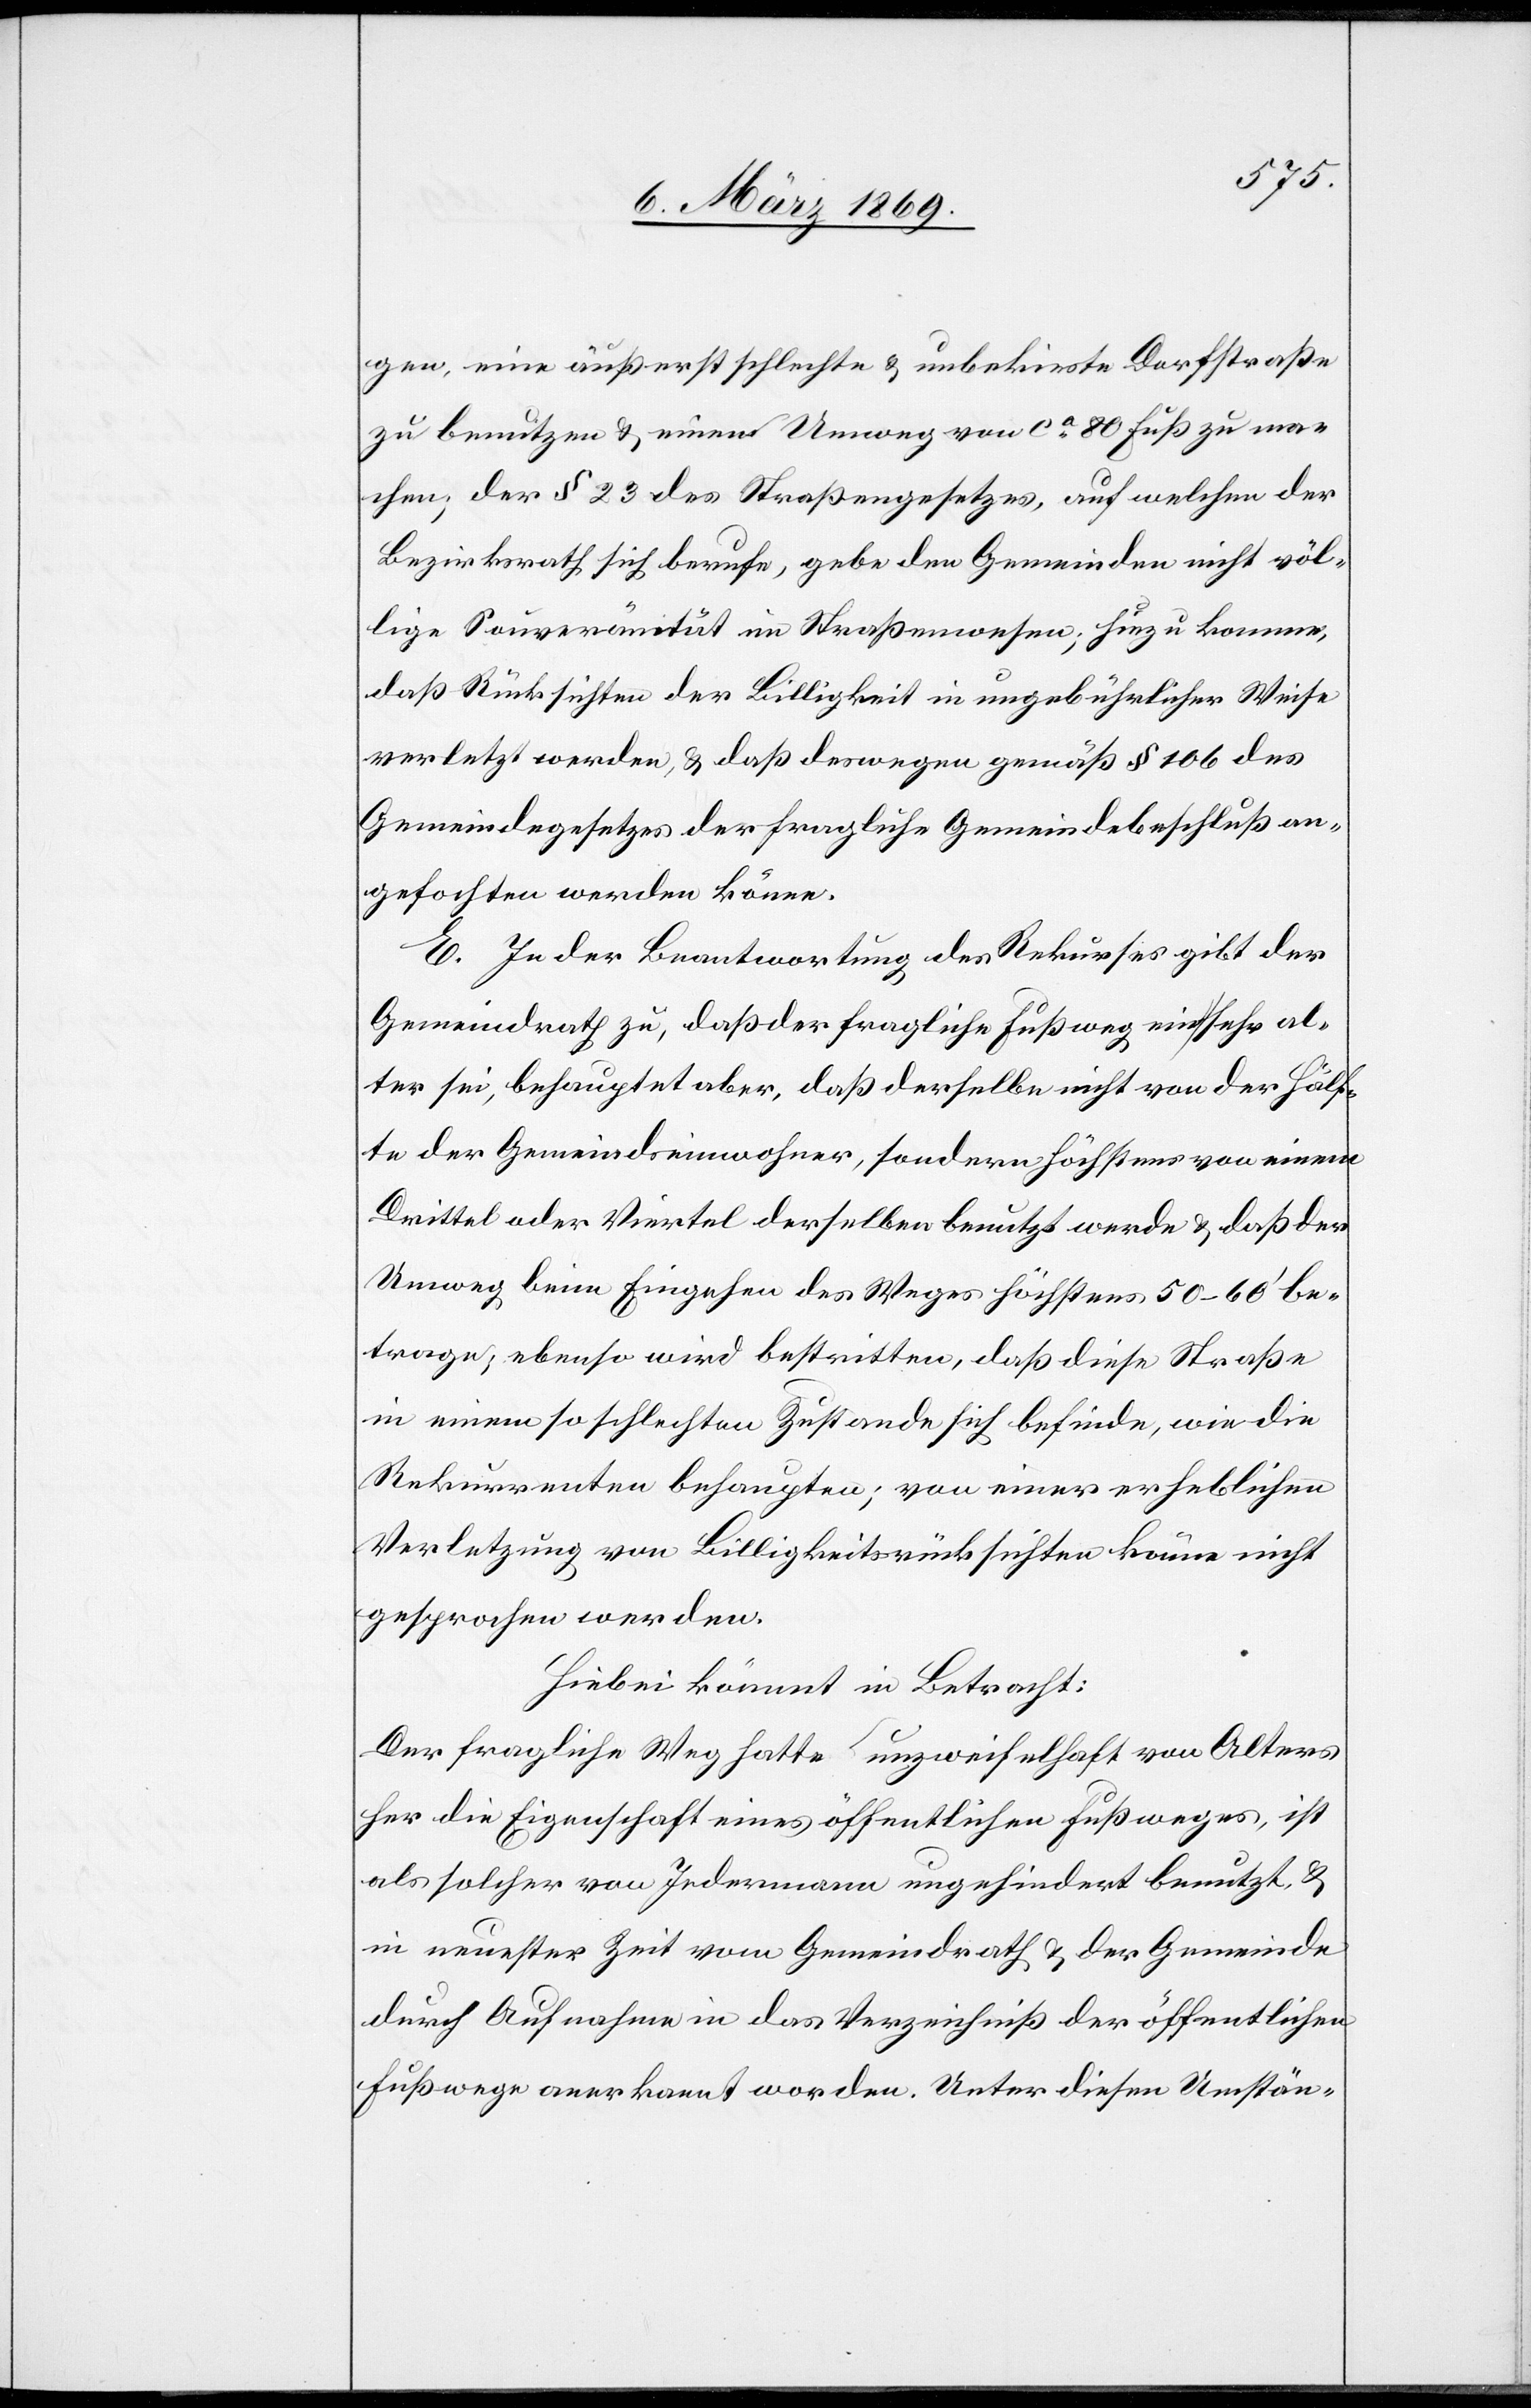
gen, eine äußerst schlechte & unbekieste Dorfstraße
zu benutzen & einen Umweg von ca 80 Fuß zu ma¬
chen; der § 23 des Straßengesetzes, auf welchen der
Bezirksrath sich berufe, gebe den Gemeinden nicht völ¬
lige Souveränität im Straßenwesen; hinzu komme,
daß Rücksichten der Billigkeit in ungebührlicher Weise
verletzt werden, & daß deswegen gemäß § 106 des
Gemeindegesetzes der fragliche Gemeindebeschluß an¬
gefochten werden könne.
E. In der Beantwortung des Rekurses gibt der
Gemeindrath zu, daß der fragliche Fußweg ein sehr al¬
ter sei, behauptet aber, daß derselbe nicht von der Hälf¬
te der Gemeindseinwohner, sondern höchstens von einem
Drittel oder Viertel derselben benutzt werde & daß der
Umweg beim Eingehen des Weges höchstens 50–60’ be¬
trage; ebenso wird bestritten, daß diese Straße
in einem so schlechten Zustande sich befinde, wie die
Rekurrenten behaupten, von einer erheblichen
Verletzung von Billigkeitsrücksichten könne nicht
gesprochen werden.
Hiebei kömmt in Betracht:
Der fragliche Weg hatte unzweifelhaft von Alters
her die Eigenschaft eines öffentlichen Fußweges, ist
als solcher von Jedermann ungehindert benutzt, &
in neuester Zeit vom Gemeindrath & der Gemeinde
durch Aufnahme in das Verzeichniß der öffentlichen
Fußwege anerkannt worden. Unter diesen Umstän-